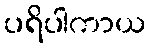
ပရိပါကာယ